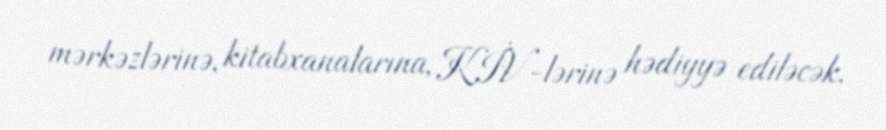
mərkəzlərinə, kitabxanalarına, KİV-lərinə hədiyyə ediləcək.